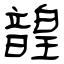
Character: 韹